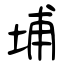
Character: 埔